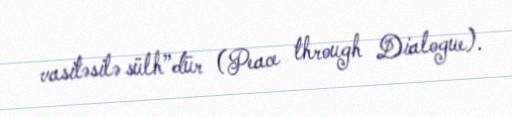
vasitəsilə sülh”dür (Peace through Dialogue).